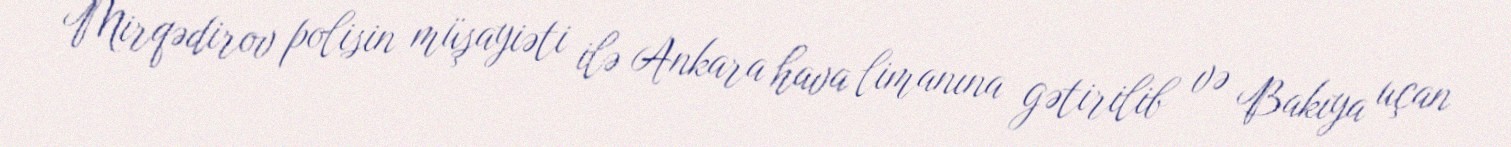
Mirqədirov polisin müşayiəti ilə Ankara hava limanına gətirilib və Bakıya uçan